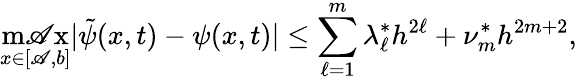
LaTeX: \operatorname*{m\mathscr{A}x}_{x\in[\mathscr{A},b]}|\tilde{{\psi}}(x,t)-\psi(x,t)|\leq\sum_{\ell=1}^{m}\lambda_{\ell}^{*}h^{2\ell}+\nu_{m}^{*}h^{2m+2},